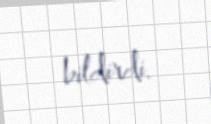
bildirdi.